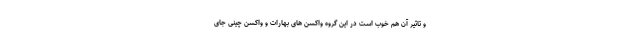
و تاثیر آن هم خوب است در این گروه واکسن های بهارات و واکسن چینی جای